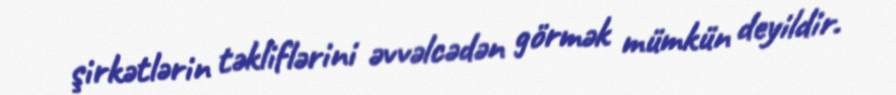
şirkətlərin təkliflərini əvvəlcədən görmək mümkün deyildir.